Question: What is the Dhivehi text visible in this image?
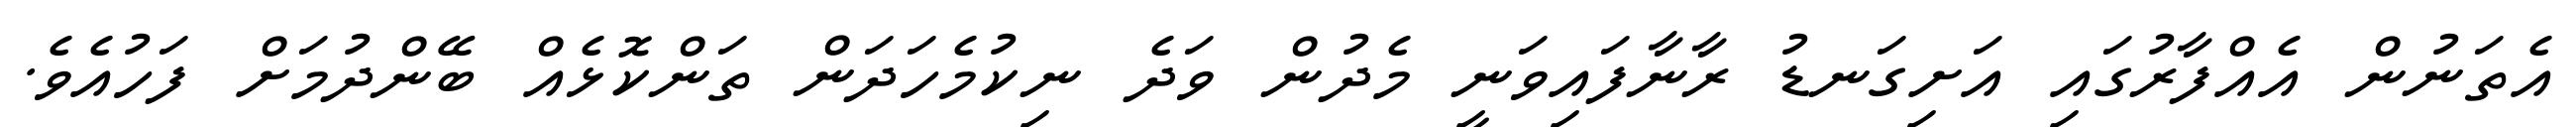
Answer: އެތަނުން އެއްފާރުގައި އަށިގަނޑު ރާނާފައިވަނީ މެދުން ވަދެ ނިކުމެހަދަން ތަންކޮޅެއް ބޭންދުމަށް ފަހުއެވެ.